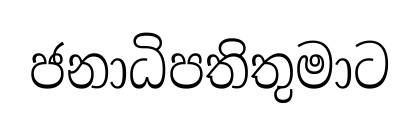
ජනාධිපතිතුමාට